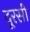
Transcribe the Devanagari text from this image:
दूरसी